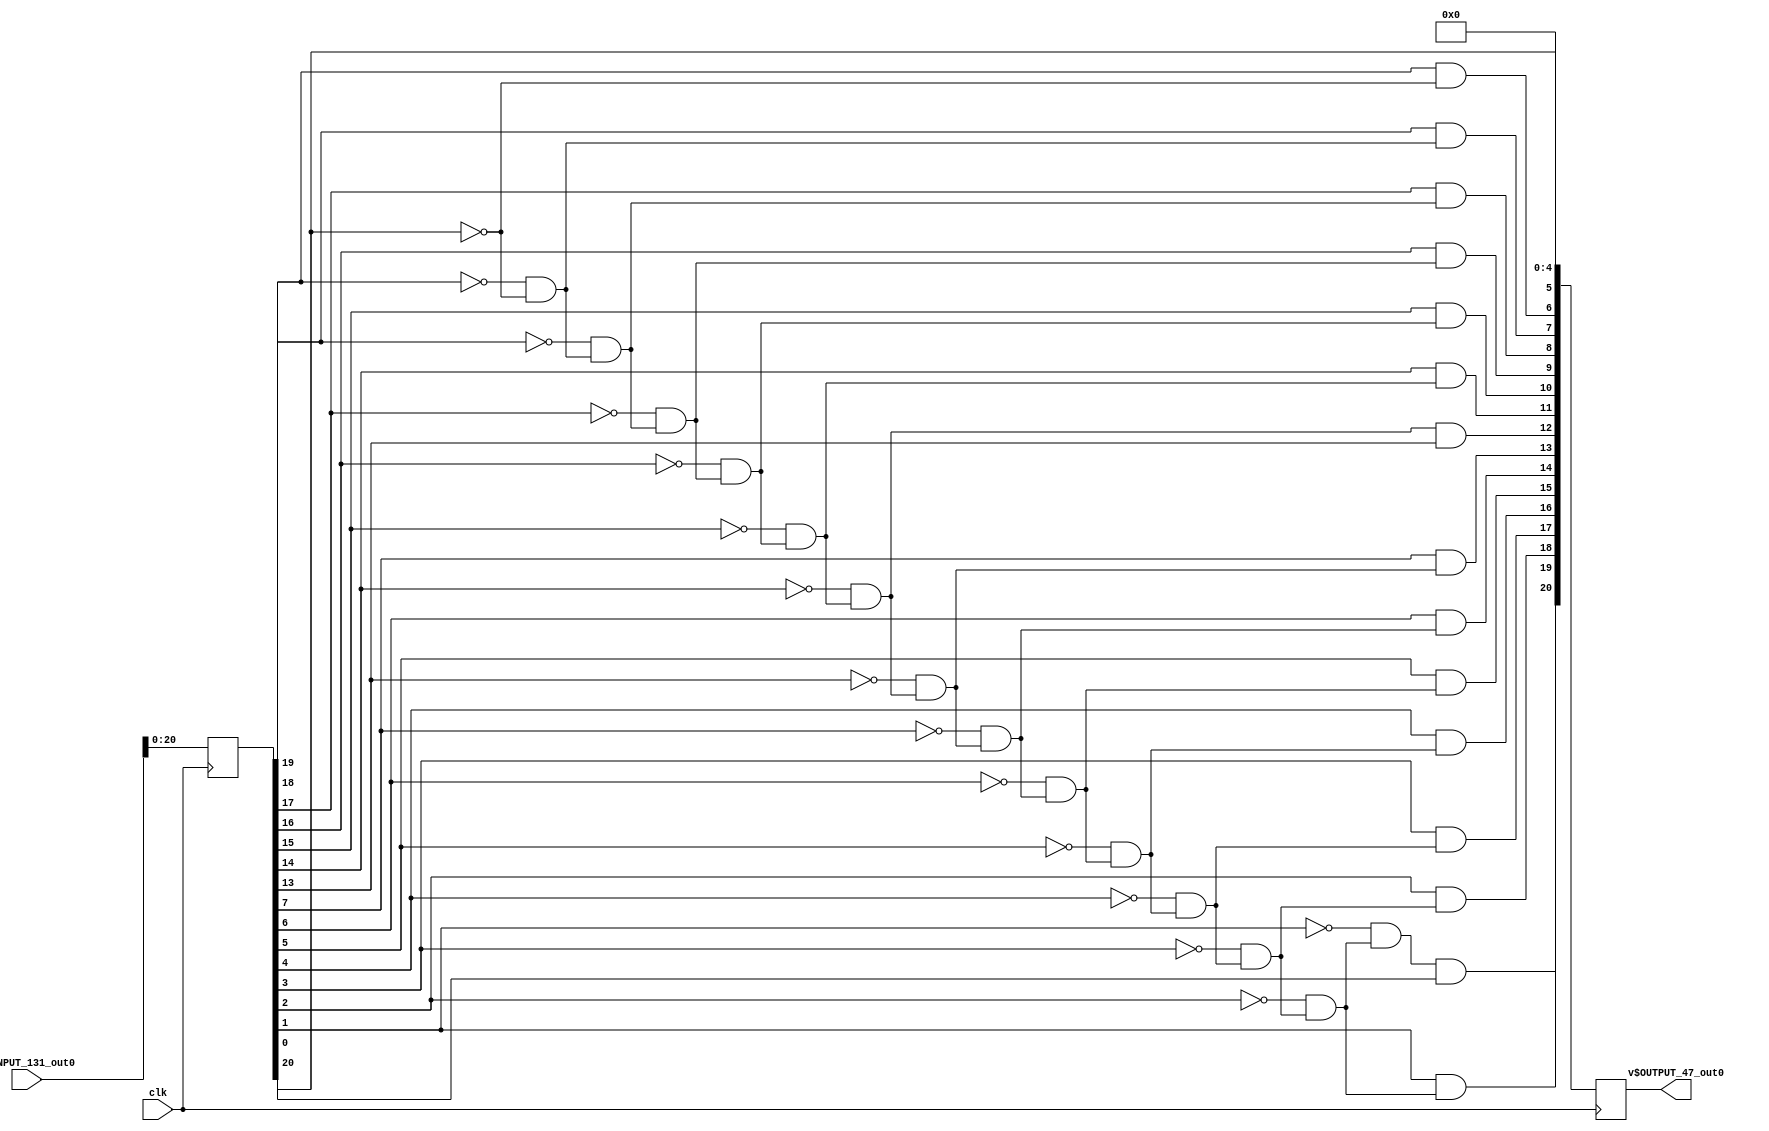

module main (
	clk,
	v$INPUT_131_out0,
	v$OUTPUT_47_out0);
input clk;
input  [21:0] v$INPUT_131_out0;
output  [20:0] v$OUTPUT_47_out0;
reg  [20:0] v$REG1_70_out0 = 21'h0;
reg  [21:0] v$REG2_218_out0 = 22'h0;
wire  [10:0] v$_42_out0;
wire  [11:0] v$_226_out0;
wire  [12:0] v$INPUT_133_out0;
wire  [12:0] v$NOTUSE1_69_out0;
wire  [12:0] v$OUTPUTSHIFT_221_out0;
wire  [12:0] v$OUTPUT_78_out0;
wire  [12:0] v$_105_out0;
wire  [12:0] v$_109_out1;
wire  [12:0] v$_29_out0;
wire  [1:0] v$_0_out0;
wire  [1:0] v$_15_out0;
wire  [1:0] v$_16_out0;
wire  [1:0] v$_19_out0;
wire  [1:0] v$_1_out0;
wire  [1:0] v$_206_out0;
wire  [1:0] v$_207_out0;
wire  [1:0] v$_20_out0;
wire  [1:0] v$_220_out0;
wire  [1:0] v$_48_out0;
wire  [1:0] v$_73_out0;
wire  [20:0] v$OUTPUT_219_out0;
wire  [20:0] v$_31_out0;
wire  [20:0] v$_86_out0;
wire  [2:0] v$_138_out0;
wire  [2:0] v$_55_out0;
wire  [2:0] v$_56_out0;
wire  [3:0] v$C10_84_out0;
wire  [3:0] v$C11_144_out0;
wire  [3:0] v$C12_100_out0;
wire  [3:0] v$C13_62_out0;
wire  [3:0] v$C14_119_out0;
wire  [3:0] v$C1_99_out0;
wire  [3:0] v$C2_196_out0;
wire  [3:0] v$C3_225_out0;
wire  [3:0] v$C4_45_out0;
wire  [3:0] v$C5_197_out0;
wire  [3:0] v$C6_208_out0;
wire  [3:0] v$C7_83_out0;
wire  [3:0] v$C8_112_out0;
wire  [3:0] v$C9_122_out0;
wire  [3:0] v$MUX10_28_out0;
wire  [3:0] v$MUX11_82_out0;
wire  [3:0] v$MUX12_173_out0;
wire  [3:0] v$MUX13_36_out0;
wire  [3:0] v$MUX1_129_out0;
wire  [3:0] v$MUX2_46_out0;
wire  [3:0] v$MUX3_132_out0;
wire  [3:0] v$MUX4_30_out0;
wire  [3:0] v$MUX5_74_out0;
wire  [3:0] v$MUX6_136_out0;
wire  [3:0] v$MUX7_23_out0;
wire  [3:0] v$MUX8_104_out0;
wire  [3:0] v$MUX9_154_out0;
wire  [3:0] v$NOTUSE_110_out0;
wire  [3:0] v$SHIFTNUMBER_14_out0;
wire  [3:0] v$_137_out0;
wire  [3:0] v$_162_out0;
wire  [3:0] v$_165_out0;
wire  [3:0] v$_166_out0;
wire  [3:0] v$_43_out0;
wire  [3:0] v$_44_out0;
wire  [4:0] v$_163_out0;
wire  [4:0] v$_164_out0;
wire  [4:0] v$_194_out0;
wire  [4:0] v$_195_out0;
wire  [5:0] v$_59_out0;
wire  [5:0] v$_60_out0;
wire  [6:0] v$_6_out0;
wire  [6:0] v$_7_out0;
wire  [7:0] v$INPUT_134_out0;
wire  [7:0] v$NOTUSE2_168_out0;
wire  [7:0] v$OUTPUTSHIFT_222_out0;
wire  [7:0] v$OUTPUT_79_out0;
wire  [7:0] v$_103_out0;
wire  [7:0] v$_106_out0;
wire  [7:0] v$_109_out0;
wire  [7:0] v$_145_out0;
wire  [7:0] v$_146_out0;
wire  [8:0] v$_4_out0;
wire  [9:0] v$_61_out0;
wire v$0_190_out0;
wire v$0_191_out0;
wire v$10_24_out0;
wire v$11_189_out0;
wire v$12_224_out0;
wire v$1_152_out0;
wire v$1_153_out0;
wire v$2_127_out0;
wire v$2_128_out0;
wire v$3_203_out0;
wire v$3_204_out0;
wire v$4_57_out0;
wire v$4_58_out0;
wire v$5_185_out0;
wire v$5_186_out0;
wire v$6_157_out0;
wire v$6_158_out0;
wire v$7_214_out0;
wire v$7_215_out0;
wire v$8_85_out0;
wire v$9_111_out0;
wire v$G17_49_out0;
wire v$G18_89_out0;
wire v$G19_32_out0;
wire v$G20_13_out0;
wire v$G21_77_out0;
wire v$G22_143_out0;
wire v$G23_67_out0;
wire v$G24_115_out0;
wire v$G26_33_out0;
wire v$G39_63_out0;
wire v$G40_96_out0;
wire v$G41_65_out0;
wire v$G41_66_out0;
wire v$G42_116_out0;
wire v$G43_107_out0;
wire v$G43_108_out0;
wire v$G44_139_out0;
wire v$G44_140_out0;
wire v$G45_120_out0;
wire v$G45_121_out0;
wire v$G46_26_out0;
wire v$G46_27_out0;
wire v$G47_192_out0;
wire v$G47_193_out0;
wire v$G48_117_out0;
wire v$G48_118_out0;
wire v$G49_150_out0;
wire v$G49_151_out0;
wire v$G50_8_out0;
wire v$G50_9_out0;
wire v$G51_160_out0;
wire v$G51_161_out0;
wire v$G52_11_out0;
wire v$G52_12_out0;
wire v$G53_97_out0;
wire v$G53_98_out0;
wire v$G54_87_out0;
wire v$G54_88_out0;
wire v$G55_148_out0;
wire v$G55_149_out0;
wire v$G56_125_out0;
wire v$G56_126_out0;
wire v$G57_209_out0;
wire v$G57_210_out0;
wire v$G58_199_out0;
wire v$G58_200_out0;
wire v$G60_227_out0;
wire v$G60_228_out0;
wire v$G61_177_out0;
wire v$G61_178_out0;
wire v$G62_212_out0;
wire v$G62_213_out0;
wire v$G63_34_out0;
wire v$G63_35_out0;
wire v$G64_113_out0;
wire v$G64_114_out0;
wire v$G65_5_out0;
wire v$G66_25_out0;
wire v$G6_147_out0;
wire v$MSB_211_out0;
wire v$SEL12_54_out0;
wire v$SEL13_155_out0;
wire v$SEL13_156_out0;
wire v$SEL14_52_out0;
wire v$SEL14_53_out0;
wire v$SEL15_17_out0;
wire v$SEL15_18_out0;
wire v$SEL16_183_out0;
wire v$SEL16_184_out0;
wire v$SEL17_179_out0;
wire v$SEL17_180_out0;
wire v$SEL18_2_out0;
wire v$SEL18_3_out0;
wire v$SEL1_205_out0;
wire v$SEL20_94_out0;
wire v$SEL20_95_out0;
wire v$SEL21_90_out0;
wire v$SEL21_91_out0;
wire v$SEL5_10_out0;
wire v$SEL6_68_out0;
wire v$SEL7_64_out0;
wire v$SERIESCONNECT_135_out0;
wire v$SERIESCONNECT_201_out0;
wire v$_86_out1;

always @(posedge clk) v$REG1_70_out0 <= v$_31_out0;
always @(posedge clk) v$REG2_218_out0 <= v$INPUT_131_out0;
assign v$C3_225_out0 = 4'h1;
assign v$C6_208_out0 = 4'h4;
assign v$C5_197_out0 = 4'h3;
assign v$C2_196_out0 = 4'h0;
assign v$C11_144_out0 = 4'h9;
assign v$C9_122_out0 = 4'h7;
assign v$C14_119_out0 = 4'hc;
assign v$C8_112_out0 = 4'h6;
assign v$C12_100_out0 = 4'ha;
assign v$C1_99_out0 = 4'h0;
assign v$C10_84_out0 = 4'h8;
assign v$C7_83_out0 = 4'h5;
assign v$C13_62_out0 = 4'hb;
assign v$C4_45_out0 = 4'h2;
assign v$_86_out0 = v$REG2_218_out0[20:0];
assign v$_86_out1 = v$REG2_218_out0[21:1];
assign v$OUTPUT_219_out0 = v$REG1_70_out0;
assign v$OUTPUT_47_out0 = v$OUTPUT_219_out0;
assign v$_109_out0 = v$_86_out0[7:0];
assign v$_109_out1 = v$_86_out0[20:13];
assign v$MSB_211_out0 = v$_86_out1;
assign v$INPUT_133_out0 = v$_109_out1;
assign v$INPUT_134_out0 = v$_109_out0;
assign v$SEL18_2_out0 = v$INPUT_133_out0[3:3];
assign v$SEL18_3_out0 = v$INPUT_134_out0[3:3];
assign v$SEL5_10_out0 = v$INPUT_133_out0[10:10];
assign v$SEL15_17_out0 = v$INPUT_133_out0[4:4];
assign v$SEL15_18_out0 = v$INPUT_134_out0[4:4];
assign v$SEL14_52_out0 = v$INPUT_133_out0[7:7];
assign v$SEL14_53_out0 = v$INPUT_134_out0[7:7];
assign v$SEL12_54_out0 = v$INPUT_133_out0[12:12];
assign v$SEL7_64_out0 = v$INPUT_133_out0[8:8];
assign v$SEL6_68_out0 = v$INPUT_133_out0[9:9];
assign v$SEL21_90_out0 = v$INPUT_133_out0[0:0];
assign v$SEL21_91_out0 = v$INPUT_134_out0[0:0];
assign v$SEL20_94_out0 = v$INPUT_133_out0[1:1];
assign v$SEL20_95_out0 = v$INPUT_134_out0[1:1];
assign v$SEL13_155_out0 = v$INPUT_133_out0[6:6];
assign v$SEL13_156_out0 = v$INPUT_134_out0[6:6];
assign v$SEL17_179_out0 = v$INPUT_133_out0[2:2];
assign v$SEL17_180_out0 = v$INPUT_134_out0[2:2];
assign v$SEL16_183_out0 = v$INPUT_133_out0[5:5];
assign v$SEL16_184_out0 = v$INPUT_134_out0[5:5];
assign v$SEL1_205_out0 = v$INPUT_133_out0[11:11];
assign v$G52_11_out0 = ! v$SEL15_17_out0;
assign v$G52_12_out0 = ! v$SEL15_18_out0;
assign v$G66_25_out0 = ! v$SEL21_90_out0;
assign v$G46_26_out0 = ! v$SEL13_155_out0;
assign v$G46_27_out0 = ! v$SEL13_156_out0;
assign v$G19_32_out0 = ! v$SEL5_10_out0;
assign v$G17_49_out0 = ! v$SEL1_205_out0;
assign v$G39_63_out0 = ! v$SEL12_54_out0;
assign v$G40_96_out0 = ! v$SEL7_64_out0;
assign v$G45_120_out0 = ! v$SEL14_52_out0;
assign v$G45_121_out0 = ! v$SEL14_53_out0;
assign v$G22_143_out0 = ! v$SEL6_68_out0;
assign v$G51_160_out0 = ! v$SEL16_183_out0;
assign v$G51_161_out0 = ! v$SEL16_184_out0;
assign v$G58_199_out0 = ! v$SEL17_179_out0;
assign v$G58_200_out0 = ! v$SEL17_180_out0;
assign v$G57_209_out0 = ! v$SEL18_2_out0;
assign v$G57_210_out0 = ! v$SEL18_3_out0;
assign v$G62_212_out0 = ! v$SEL20_94_out0;
assign v$G62_213_out0 = ! v$SEL20_95_out0;
assign v$12_224_out0 = v$SEL12_54_out0;
assign v$MUX13_36_out0 = v$12_224_out0 ? v$C2_196_out0 : v$C1_99_out0;
assign v$G18_89_out0 = v$G17_49_out0 && v$G39_63_out0;
assign v$G6_147_out0 = v$SEL1_205_out0 && v$G39_63_out0;
assign v$G20_13_out0 = v$SEL5_10_out0 && v$G18_89_out0;
assign v$G23_67_out0 = v$G19_32_out0 && v$G18_89_out0;
assign v$11_189_out0 = v$G6_147_out0;
assign v$10_24_out0 = v$G20_13_out0;
assign v$G26_33_out0 = v$G22_143_out0 && v$G23_67_out0;
assign v$G21_77_out0 = v$SEL6_68_out0 && v$G23_67_out0;
assign v$MUX9_154_out0 = v$11_189_out0 ? v$C3_225_out0 : v$MUX13_36_out0;
assign v$_220_out0 = { v$12_224_out0,v$11_189_out0 };
assign v$9_111_out0 = v$G21_77_out0;
assign v$G24_115_out0 = v$SEL7_64_out0 && v$G26_33_out0;
assign v$G42_116_out0 = v$G40_96_out0 && v$G26_33_out0;
assign v$MUX12_173_out0 = v$10_24_out0 ? v$C4_45_out0 : v$MUX9_154_out0;
assign v$MUX10_28_out0 = v$9_111_out0 ? v$C5_197_out0 : v$MUX12_173_out0;
assign v$_48_out0 = { v$10_24_out0,v$9_111_out0 };
assign v$G41_65_out0 = v$G45_120_out0 && v$G42_116_out0;
assign v$8_85_out0 = v$G24_115_out0;
assign v$G43_107_out0 = v$SEL14_52_out0 && v$G42_116_out0;
assign v$MUX11_82_out0 = v$8_85_out0 ? v$C6_208_out0 : v$MUX10_28_out0;
assign v$G48_117_out0 = v$G46_26_out0 && v$G41_65_out0;
assign v$G44_139_out0 = v$SEL13_155_out0 && v$G41_65_out0;
assign v$_162_out0 = { v$_220_out0,v$_48_out0 };
assign v$7_214_out0 = v$G43_107_out0;
assign v$_73_out0 = { v$8_85_out0,v$7_214_out0 };
assign v$MUX8_104_out0 = v$7_214_out0 ? v$C7_83_out0 : v$MUX11_82_out0;
assign v$G49_150_out0 = v$SEL16_183_out0 && v$G48_117_out0;
assign v$6_157_out0 = v$G44_139_out0;
assign v$G47_192_out0 = v$G51_160_out0 && v$G48_117_out0;
assign v$G50_8_out0 = v$SEL15_17_out0 && v$G47_192_out0;
assign v$G54_87_out0 = v$G52_11_out0 && v$G47_192_out0;
assign v$MUX6_136_out0 = v$6_157_out0 ? v$C8_112_out0 : v$MUX8_104_out0;
assign v$5_185_out0 = v$G49_150_out0;
assign v$4_57_out0 = v$G50_8_out0;
assign v$MUX5_74_out0 = v$5_185_out0 ? v$C9_122_out0 : v$MUX6_136_out0;
assign v$G53_97_out0 = v$G57_209_out0 && v$G54_87_out0;
assign v$G55_148_out0 = v$SEL18_2_out0 && v$G54_87_out0;
assign v$_206_out0 = { v$6_157_out0,v$5_185_out0 };
assign v$MUX7_23_out0 = v$4_57_out0 ? v$C10_84_out0 : v$MUX5_74_out0;
assign v$G56_125_out0 = v$SEL17_179_out0 && v$G53_97_out0;
assign v$_137_out0 = { v$_73_out0,v$_206_out0 };
assign v$3_203_out0 = v$G55_148_out0;
assign v$G60_227_out0 = v$G58_199_out0 && v$G53_97_out0;
assign v$_0_out0 = { v$4_57_out0,v$3_203_out0 };
assign v$MUX4_30_out0 = v$3_203_out0 ? v$C11_144_out0 : v$MUX7_23_out0;
assign v$G63_34_out0 = v$G62_212_out0 && v$G60_227_out0;
assign v$_103_out0 = { v$_162_out0,v$_137_out0 };
assign v$2_127_out0 = v$G56_125_out0;
assign v$G61_177_out0 = v$SEL20_94_out0 && v$G60_227_out0;
assign v$G65_5_out0 = v$G66_25_out0 && v$G63_34_out0;
assign v$G64_113_out0 = v$G63_34_out0 && v$SEL21_90_out0;
assign v$MUX3_132_out0 = v$2_127_out0 ? v$C12_100_out0 : v$MUX4_30_out0;
assign v$1_152_out0 = v$G61_177_out0;
assign v$_15_out0 = { v$2_127_out0,v$1_152_out0 };
assign v$MUX2_46_out0 = v$1_152_out0 ? v$C13_62_out0 : v$MUX3_132_out0;
assign v$0_190_out0 = v$G64_113_out0;
assign v$SERIESCONNECT_201_out0 = v$G65_5_out0;
assign v$_19_out0 = { v$0_190_out0,v$1_152_out0 };
assign v$_43_out0 = { v$_0_out0,v$_15_out0 };
assign v$MUX1_129_out0 = v$0_190_out0 ? v$C14_119_out0 : v$MUX2_46_out0;
assign v$SERIESCONNECT_135_out0 = v$SERIESCONNECT_201_out0;
assign v$SHIFTNUMBER_14_out0 = v$MUX1_129_out0;
assign v$_55_out0 = { v$_19_out0,v$2_127_out0 };
assign v$G41_66_out0 = v$G45_121_out0 && v$SERIESCONNECT_135_out0;
assign v$G43_108_out0 = v$SEL14_53_out0 && v$SERIESCONNECT_135_out0;
assign v$_163_out0 = { v$_43_out0,v$0_190_out0 };
assign v$_105_out0 = { v$_103_out0,v$_163_out0 };
assign v$NOTUSE_110_out0 = v$SHIFTNUMBER_14_out0;
assign v$G48_118_out0 = v$G46_27_out0 && v$G41_66_out0;
assign v$G44_140_out0 = v$SEL13_156_out0 && v$G41_66_out0;
assign v$_165_out0 = { v$_55_out0,v$3_203_out0 };
assign v$7_215_out0 = v$G43_108_out0;
assign v$G49_151_out0 = v$SEL16_184_out0 && v$G48_118_out0;
assign v$6_158_out0 = v$G44_140_out0;
assign v$G47_193_out0 = v$G51_161_out0 && v$G48_118_out0;
assign v$_194_out0 = { v$_165_out0,v$4_57_out0 };
assign v$OUTPUTSHIFT_221_out0 = v$_105_out0;
assign v$G50_9_out0 = v$SEL15_18_out0 && v$G47_193_out0;
assign v$_59_out0 = { v$_194_out0,v$5_185_out0 };
assign v$NOTUSE1_69_out0 = v$OUTPUTSHIFT_221_out0;
assign v$G54_88_out0 = v$G52_12_out0 && v$G47_193_out0;
assign v$5_186_out0 = v$G49_151_out0;
assign v$_6_out0 = { v$_59_out0,v$6_157_out0 };
assign v$4_58_out0 = v$G50_9_out0;
assign v$G53_98_out0 = v$G57_210_out0 && v$G54_88_out0;
assign v$G55_149_out0 = v$SEL18_3_out0 && v$G54_88_out0;
assign v$_207_out0 = { v$6_158_out0,v$5_186_out0 };
assign v$G56_126_out0 = v$SEL17_180_out0 && v$G53_98_out0;
assign v$_138_out0 = { v$7_215_out0,v$_207_out0 };
assign v$_145_out0 = { v$_6_out0,v$7_214_out0 };
assign v$3_204_out0 = v$G55_149_out0;
assign v$G60_228_out0 = v$G58_200_out0 && v$G53_98_out0;
assign v$_1_out0 = { v$4_58_out0,v$3_204_out0 };
assign v$_4_out0 = { v$_145_out0,v$8_85_out0 };
assign v$G63_35_out0 = v$G62_213_out0 && v$G60_228_out0;
assign v$2_128_out0 = v$G56_126_out0;
assign v$G61_178_out0 = v$SEL20_95_out0 && v$G60_228_out0;
assign v$_61_out0 = { v$_4_out0,v$9_111_out0 };
assign v$G64_114_out0 = v$G63_35_out0 && v$SEL21_91_out0;
assign v$1_153_out0 = v$G61_178_out0;
assign v$_16_out0 = { v$2_128_out0,v$1_153_out0 };
assign v$_42_out0 = { v$_61_out0,v$10_24_out0 };
assign v$0_191_out0 = v$G64_114_out0;
assign v$_20_out0 = { v$0_191_out0,v$1_153_out0 };
assign v$_44_out0 = { v$_1_out0,v$_16_out0 };
assign v$_226_out0 = { v$_42_out0,v$11_189_out0 };
assign v$_29_out0 = { v$_226_out0,v$12_224_out0 };
assign v$_56_out0 = { v$_20_out0,v$2_128_out0 };
assign v$_164_out0 = { v$_44_out0,v$0_191_out0 };
assign v$OUTPUT_78_out0 = v$_29_out0;
assign v$_106_out0 = { v$_138_out0,v$_164_out0 };
assign v$_166_out0 = { v$_56_out0,v$3_204_out0 };
assign v$_195_out0 = { v$_166_out0,v$4_58_out0 };
assign v$OUTPUTSHIFT_222_out0 = v$_106_out0;
assign v$_60_out0 = { v$_195_out0,v$5_186_out0 };
assign v$NOTUSE2_168_out0 = v$OUTPUTSHIFT_222_out0;
assign v$_7_out0 = { v$_60_out0,v$6_158_out0 };
assign v$_146_out0 = { v$_7_out0,v$7_215_out0 };
assign v$OUTPUT_79_out0 = v$_146_out0;
assign v$_31_out0 = { v$OUTPUT_79_out0,v$OUTPUT_78_out0 };


endmodule